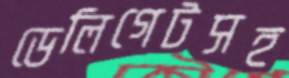
ডেলিগেটসহ